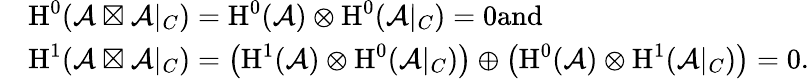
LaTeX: \begin{array}{rl}&{\textnormal{H}^{0}(\mathcal{A}\boxtimes\mathcal{A}|_{C})=\textnormal{H}^{0}(\mathcal{A})\otimes\textnormal{H}^{0}(\mathcal{A}|_{C})=0\textnormal{and}}\\ &{\textnormal{H}^{1}(\mathcal{A}\boxtimes\mathcal{A}|_{C})=\left(\textnormal{H}^{1}(\mathcal{A})\otimes\textnormal{H}^{0}(\mathcal{A}|_{C})\right)\oplus\left(\textnormal{H}^{0}(\mathcal{A})\otimes\textnormal{H}^{1}(\mathcal{A}|_{C})\right)=0.}\end{array}